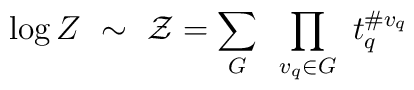
\log Z~\sim~{\cal Z}=\sum_{G}~\prod_{v_q \in G}~t_q^{\# v_q}